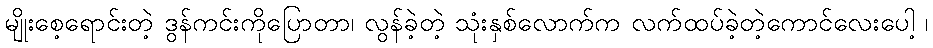
မျိုးစေ့ရောင်းတဲ့ ဒွန်ကင်းကိုပြောတာ၊ လွန်ခဲ့တဲ့ သုံးနှစ်လောက်က လက်ထပ်ခဲ့တဲ့ကောင်လေးပေါ့ ၊